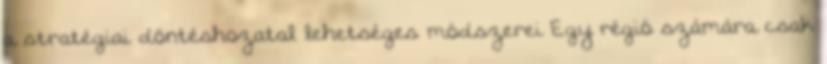
a stratégiai döntéshozatal lehetséges módszerei Egy régió számára csak